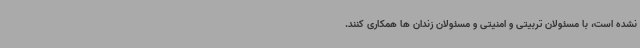
نشده است، با مسئولان تربیتی و امنیتی و مسئولان زندان ها همکاری کنند.